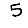
Digit: 5